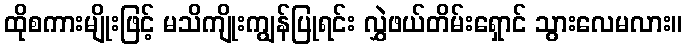
ထိုစကားမျိုးဖြင့် မသိကျိုးကျွန်ပြုရင်း လွှဲဖယ်တိမ်းရှောင် သွားလေမလား။